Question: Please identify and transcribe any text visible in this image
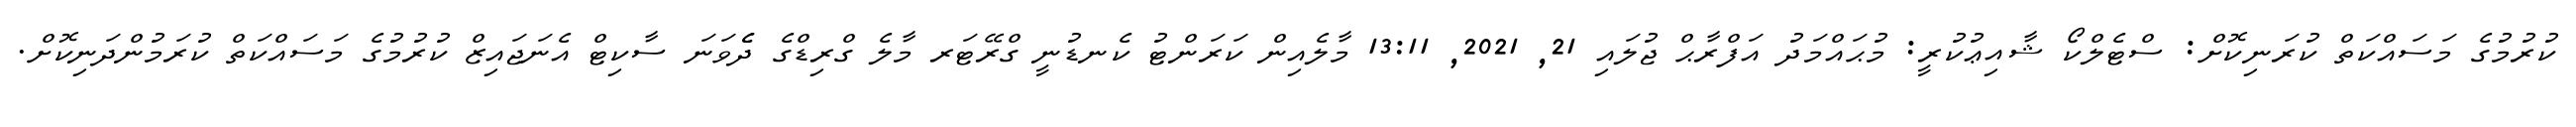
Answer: ކުރުމުގެ މަސައްކަތް ކުރަނިކޮށް: ސްޓެލްކޯ ޝާއިޢުކުރީ: މުޙައްމަދު އަފްރާޙް ޖުލައި 21, 2021, 13:11 މާލެއިން ކަރަންޓު ކެނޑުނީ ގްރޭޓަރ މާލެ ގްރިޑްގެ ދެެވަނަ ސާކިޓް އެނަޖައިޒް ކުރުމުގެ މަސައްކަތް ކުރަމުންދަނިކޮށް.